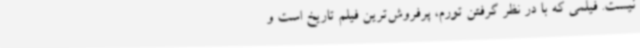
نیست. فیلمی که با در نظر گرفتن تورم، پرفروش‌ترین فیلم تاریخ است و